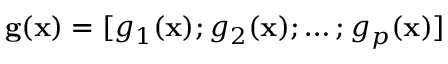
\mathbf { g ( x ) } = [ g _ { 1 } ( \mathbf { x } ) ; g _ { 2 } ( \mathbf { x } ) ; \ldots ; g _ { p } ( \mathbf { x } ) ]